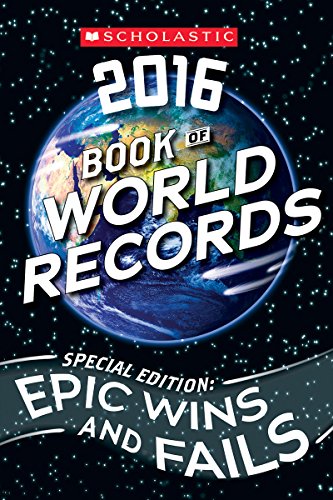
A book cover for Scholastic Book of World Records 2016; Jenifer Corr Morse; Children's Books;